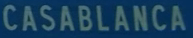
CASABLANCA